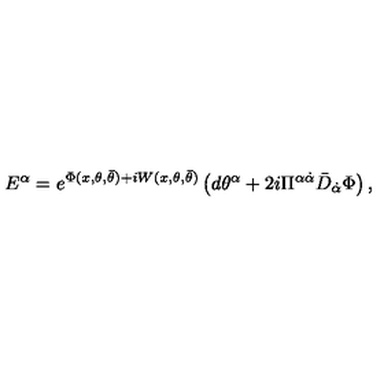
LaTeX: { E } ^ { { \alpha } } = e ^ { \Phi ( x , \theta , \bar { \theta } ) + i W ( x , \theta , \bar { \theta } ) } \left( d { \theta } ^ { \alpha } + { 2 i } \Pi ^ { \alpha \dot { \alpha } } \bar { D } _ { \dot { \alpha } } \Phi \right) ,